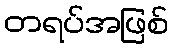
တရပ်အဖြစ်